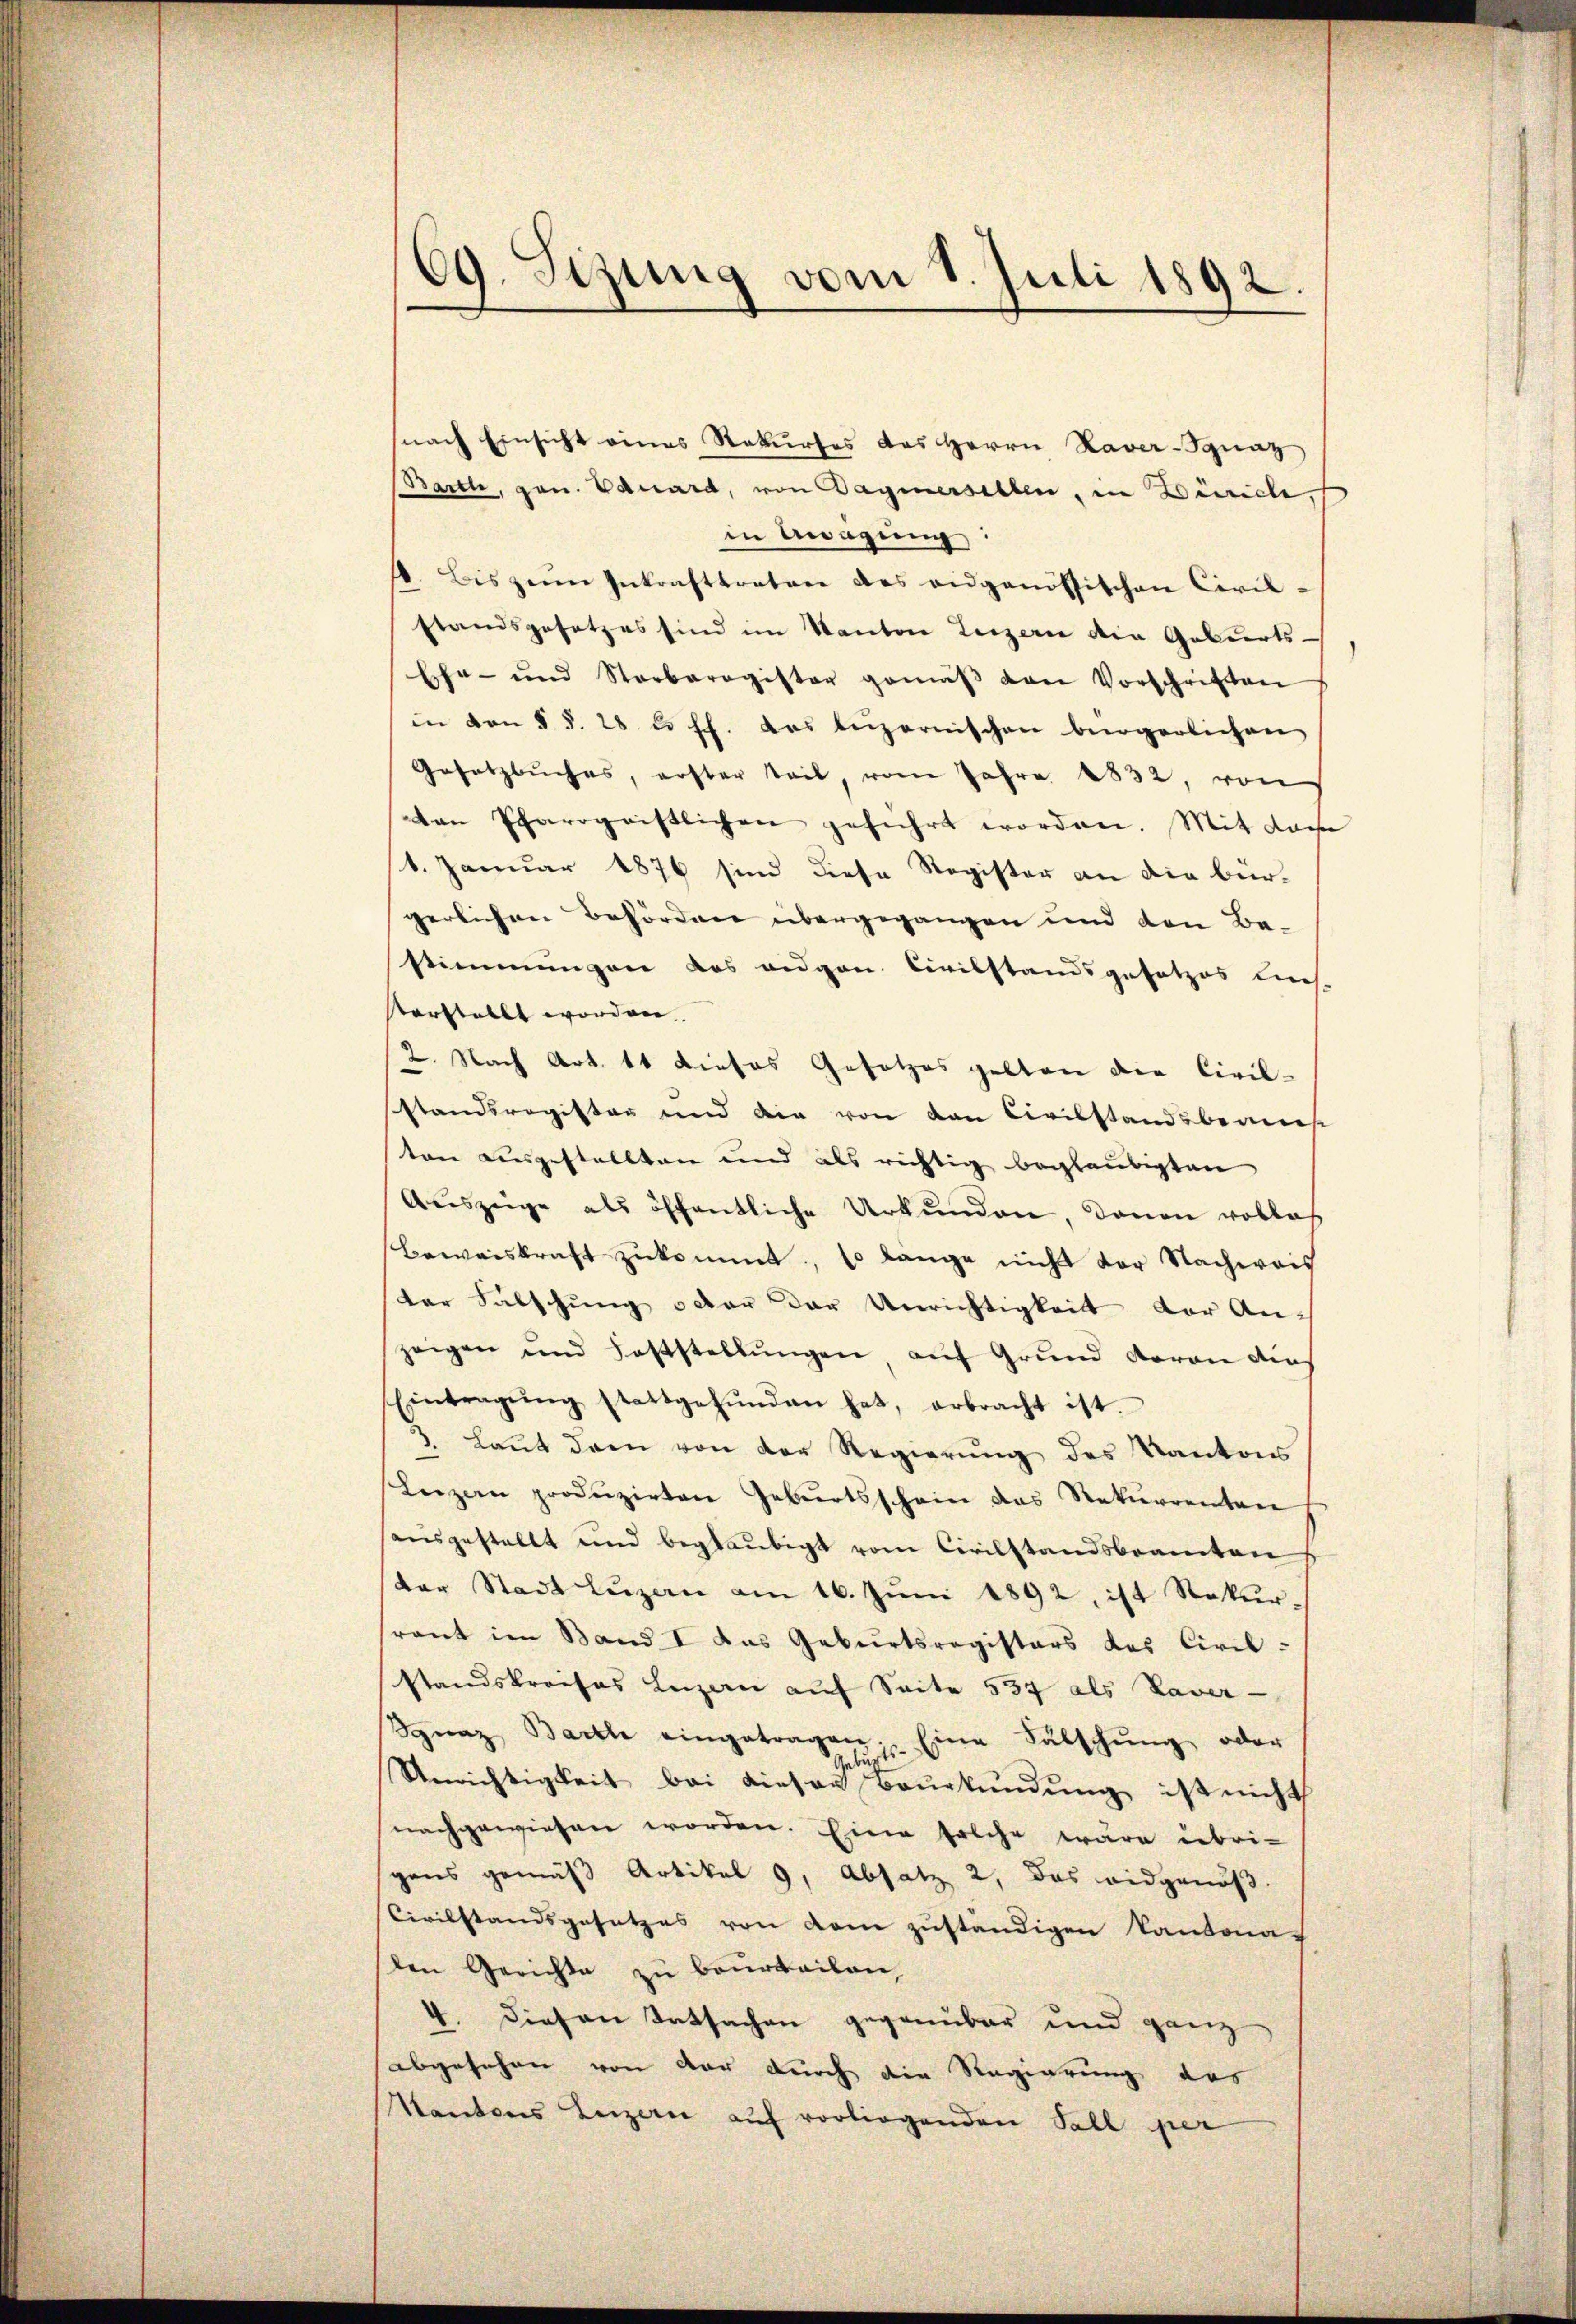
69. Sitzung vom 8. Juli 1892.

nach Einsicht eines Rekurses das Herrn Haver Ignaz
Bartl, gan. Eduard, von Sagmerselben, in Zürich,
in Bagung:
. Bis zum Inkrafttreten des eidgenössischen Civil-
standsgesetzes sind im Kanton Luzern die Geburts-
Ehe- und Sterbaragister gemäβ den Vorschriften
in von §. §. 28. u. ff. das beizernischen bürgerlichen
Gesetzbuches, erster teil, vom Jahre 1832. von
ten Pfarrgeistlichen geführt worden. Mit dahe
/4. Januar 1876 sind diese Register an die bür-
gerlichen Behörden übergegangen und den Be-
stimmungen das angen Civilstandsgesetzes lies
svorstellt worden.
2. Nach Art. 11 dieses Gesetzes gelten die Civil-
standsregister und die von von Civilstandsberes
ten ausgestellten und als richtig beglaubigten
Aŭszeige als öffentliche Urkunden, denen vollas
Beweiskraft zukommt, so lange nicht der Nachweis
der Fälschung oder der Unrichtigkeit der An-
zeigen und Feststellŭngen, auf Grŭnd daran di
Eintragŭng stattgefŭnden hat, erbracht ist.
3. Laŭt dren von der Regierung des Kantons
Luzern produzirten Geburtsschein das Rekurrenten
sausgestellt und beglaubigt vom Civilstandsbeamten
(der Stadt Luzen am 16. Juni 1892, ist Rekursrant im Band I das Geburtsregisters das Civil-
standskreises Luzern auf Seite 537 als Taver-
Sgnaz Bartl eingetragen. Eine Fälschŭng oder
Unrichtigkeit bei diesene Beurkundung ist nicht
nachgewiesen worden. Eine solche wäre übri-
gens gemäß Artikel 9, Absatz 2, das eidgenöß
Civilstandsgesetzes von dem zuständigen Kantona
len Gerichte zu beurteilen,
4. Diesen Tatsachen gegenüber und ganz
abgesehen von der durch die Regierung des
Kantons Luzern auf vorliegenden Fall per